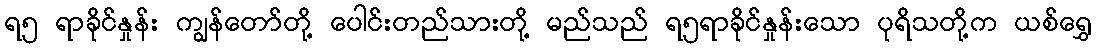
ရ၅ ရာခိုင်နှုန်း ကျွန်တော်တို့ ပေါင်းတည်သားတို့ မည်သည် ရ၅ရာခိုင်နှုန်းသော ပုရိသတို့က ယစ်ရွှေ